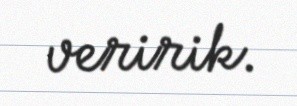
veririk.